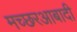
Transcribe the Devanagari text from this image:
मच्छरआबादी